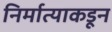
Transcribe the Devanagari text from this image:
निर्मात्याकडून